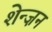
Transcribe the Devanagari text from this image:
शेन्ज़न